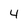
Character: 4